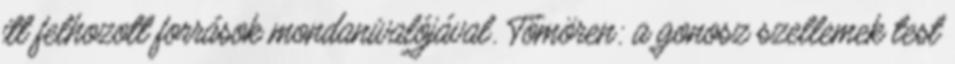
itt felhozott források mondanivalójával. Tömören: a gonosz szellemek test